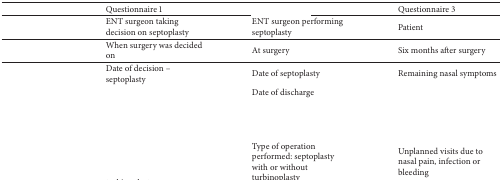
<table><thead><tr><td>[EMPTY_CELL]</td><td><b>Questionnaire 1</b></td><td>[EMPTY_CELL]</td><td><b>Questionnaire 3</b></td></tr></thead><tbody><tr><td>[EMPTY_CELL]</td><td>ENT surgeon taking decision on septoplasty</td><td>ENT surgeon performing septoplasty</td><td>Patient</td></tr><tr><td>[EMPTY_CELL]</td><td>When surgery was decided on</td><td>At surgery</td><td>Six months after surgery</td></tr><tr><td rowspan="5">[EMPTY_CELL]</td><td>Date of decision – septoplasty</td><td>Date of septoplasty</td><td>Remaining nasal symptoms</td></tr><tr><td>[EMPTY_CELL]</td><td>Date of discharge</td><td>[EMPTY_CELL]</td></tr><tr><td>[EMPTY_CELL]</td><td>[EMPTY_CELL]</td><td>[EMPTY_CELL]</td></tr><tr><td>[EMPTY_CELL]</td><td>[EMPTY_CELL]</td><td>[EMPTY_CELL]</td></tr><tr><td>[EMPTY_CELL]</td><td>Type of operation performed: septoplasty with or without turbinoplasty</td><td>Unplanned visits due to nasal pain, infection or bleeding</td></tr></tbody></table>